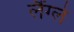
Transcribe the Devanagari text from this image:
लैंग्ले